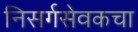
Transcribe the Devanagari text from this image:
निसर्गसेवकचा